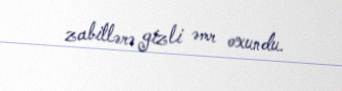
zabitlərə gizli əmr oxundu.